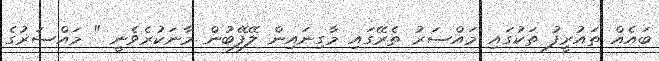
ބައެއް ތައުރީފު ތަކުގައި މައްސަރު ތެރޭގައި މާގިނައިން ލޭފޭބުން މާނަކުރެވެނީ " މައްސަރުގެ